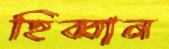
হিব্বান